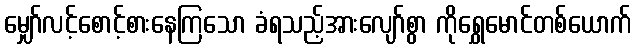
မျှော်လင့်စောင့်စားနေကြသော ခံရသည့်အားလျော်စွာ ကိုရွှေမောင်တစ်ယောက်